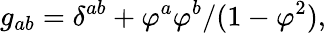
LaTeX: g_{ab}=\delta^{ab}+\varphi^{a}\varphi^{b}/(1-\varphi^{2}),